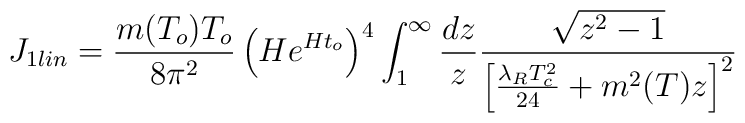
J_{1lin} = \frac{m(T_o)T_o}{8\pi^2}\left(H e^{Ht_o}\right)^4\int^{\infty}_{1}\frac{dz}{z} \frac{\sqrt{z^2-1}}{\left[\frac{\lambda_R T^2_c}{24}+m^2(T)z\right]^2}